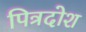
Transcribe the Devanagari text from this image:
पित्रदोश